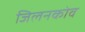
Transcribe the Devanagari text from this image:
जिलनकोव